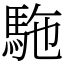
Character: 駞